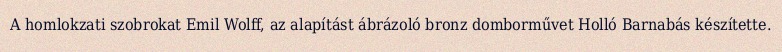
A homlokzati szobrokat Emil Wolff, az alapítást ábrázoló bronz domborművet Holló Barnabás készítette.